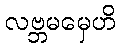
လဗ္ဘမမှေဟိ